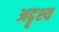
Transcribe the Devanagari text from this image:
अदॄश्य